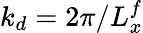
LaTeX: k_{d}=2\pi/L_{x}^{f}